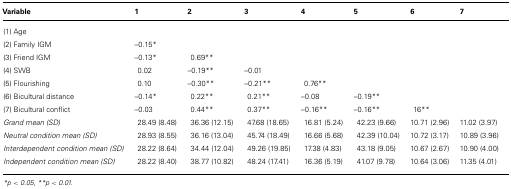
<table><thead><tr><td><b>Variable</b></td><td><b>1</b></td><td><b>2</b></td><td><b>3</b></td><td><b>4</b></td><td><b>5</b></td><td><b>6</b></td><td><b>7</b></td></tr></thead><tbody><tr><td>(1) Age</td><td></td><td></td><td></td><td></td><td></td><td></td><td></td></tr><tr><td>(2) Family IGM</td><td>–0.15*</td><td></td><td></td><td></td><td></td><td></td><td></td></tr><tr><td>(3) Friend IGM</td><td>–0.13*</td><td>0.69**</td><td></td><td></td><td></td><td></td><td></td></tr><tr><td>(4) SWB</td><td>0.02</td><td>–0.19**</td><td>–0.01</td><td></td><td></td><td></td><td></td></tr><tr><td>(5) Flourishing</td><td>0.10</td><td>–0.30**</td><td>–0.21**</td><td>0.76**</td><td></td><td></td><td></td></tr><tr><td>(6) Bicultural distance</td><td>–0.14*</td><td>0.22**</td><td>0.21**</td><td>–0.08</td><td>–0.19**</td><td></td><td></td></tr><tr><td>(7) Bicultural conflict</td><td>–0.03</td><td>0.44**</td><td>0.37**</td><td>–0.16**</td><td>–0.16**</td><td>16**</td><td></td></tr><tr><td><i>Grand mean (SD)</i></td><td>28.49 (8.48)</td><td>36.36 (12.15)</td><td>47.68 (18.65)</td><td>16.81 (5.24)</td><td>42.23 (9.66)</td><td>10.71 (2.96)</td><td>11.02 (3.97)</td></tr><tr><td><i>Neutral condition mean (SD)</i></td><td>28.93 (8.55)</td><td>36.16 (13.04)</td><td>45.74 (18.49)</td><td>16.66 (5.68)</td><td>42.39 (10.04)</td><td>10.72 (3.17)</td><td>10.89 (3.96)</td></tr><tr><td><i>Interdependent condition mean (SD)</i></td><td>28.22 (8.64)</td><td>34.44 (12.04)</td><td>49.26 (19.85)</td><td>17.38 (4.83)</td><td>43.18 (9.05)</td><td>10.67 (2.67)</td><td>10.90 (4.00)</td></tr><tr><td><i>Independent condition mean (SD)</i></td><td>28.22 (8.40)</td><td>38.77 (10.82)</td><td>48.24 (17.41)</td><td>16.36 (5.19)</td><td>41.07 (9.78)</td><td>10.64 (3.06)</td><td>11.35 (4.01)</td></tr></tbody></table>